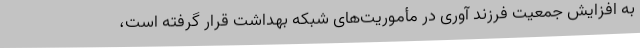
به افزایش جمعیت فرزند آوری در مأموریت‌های شبکه بهداشت قرار گرفته است،